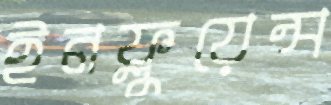
ইনফ্লুয়েন্স